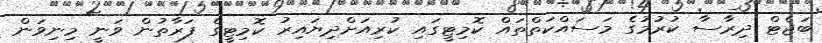
ބަޖެޓް ދިރާސާ ކުރުމުގެ މަސައްކަތްތައް ކޮމިޓީގައި ކުރިއަށްދިޔައިރު ކޮމިޓީގެ ފަރާތުން ވަނީ މިނިވަން